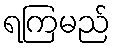
ရကြမည်